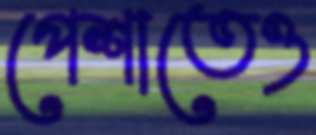
পেশাতেও